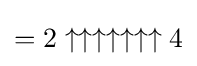
=2\uparrow \uparrow \uparrow \uparrow \uparrow \uparrow \uparrow 4